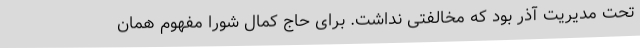
تحت مدیریت آذر بود که مخالفتی نداشت. برای حاج کمال شورا مفهوم همان